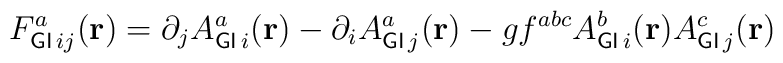
F_{{\sf GI}\,ij}^{a}({\bf r})=\partial_jA_{{\sf GI}\,i}^{a}({\bf r})-\partial_iA_{{\sf GI}\,j}^{a}({\bf r})-gf^{abc}A_{{\sf GI}\,i}^{b}({\bf r})A_{{\sf GI}\,j}^{c}({\bf r})